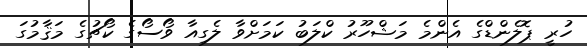
ހުރީ ޕޮލެންޑްގެ އެންމެ މަޝްހޫރު ކްލަބު ކަމަށްވާ ލެގިއާ ވޯސޯގެ ކޯޗުގެ މަޤާމުގަ